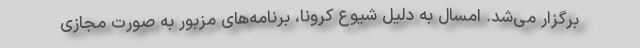
برگزار می‌شد. امسال به دلیل شیوع کرونا، برنامه‌های مزبور به صورت مجازی